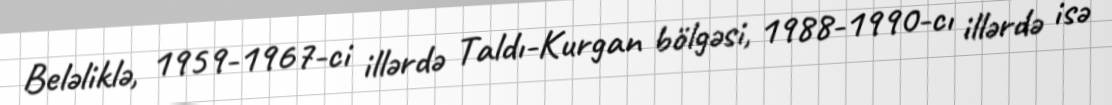
Beləliklə, 1959-1967-ci illərdə Taldı-Kurgan bölgəsi, 1988-1990-cı illərdə isə